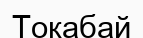
Тоқабай